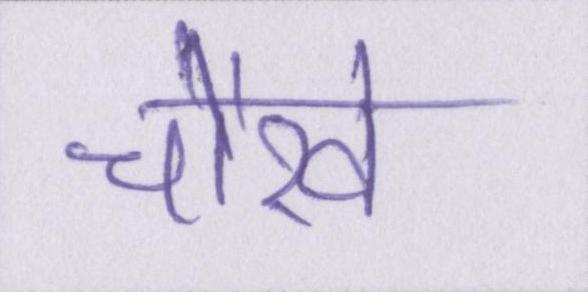
चोखे